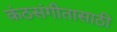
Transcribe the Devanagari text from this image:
कंठसंगीतासाठी